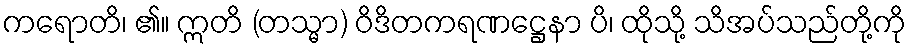
ကရောတိ၊ ၏။ ဣတိ (တသ္မာ) ဝိဒိတကရဏဋ္ဌေနာ ပိ၊ ထိုသို့ သိအပ်သည်တို့ကို